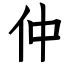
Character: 仲